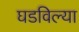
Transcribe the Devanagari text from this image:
घडविल्या